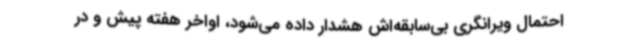
احتمال ویرانگری بی‌سابقه‌اش هشدار داده می‌شود، اواخر هفته پیش و در